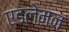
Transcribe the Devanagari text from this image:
एडलेमन